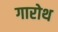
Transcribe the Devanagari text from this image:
गारोथ